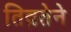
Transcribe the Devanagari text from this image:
तिव्रतेने